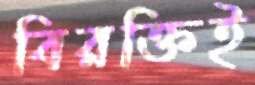
বিরক্তিই